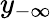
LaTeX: y_{-\infty}